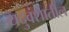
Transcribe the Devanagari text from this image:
यदुवंशातील